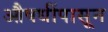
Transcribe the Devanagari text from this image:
औषधींपासून